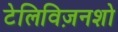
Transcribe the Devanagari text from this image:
टेलिविज़नशो